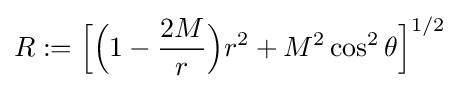
R:={\Big [}{\Big (}1-{\frac {2M}{r}}{\Big )}r^{2}+M^{2}\cos ^{2}\theta {\Big ]}^{1/2}